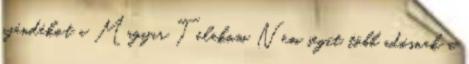
ajándékot a Magyar Telekom Nem segít több adósnak a